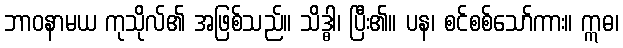
ဘာဝနာမယ ကုသိုလ်၏ အဖြစ်သည်။ သိဒ္ဓါ၊ ပြီး၏။ ပန၊ စင်စစ်သော်ကား။ ဣဓ၊